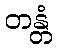
တန္တံ